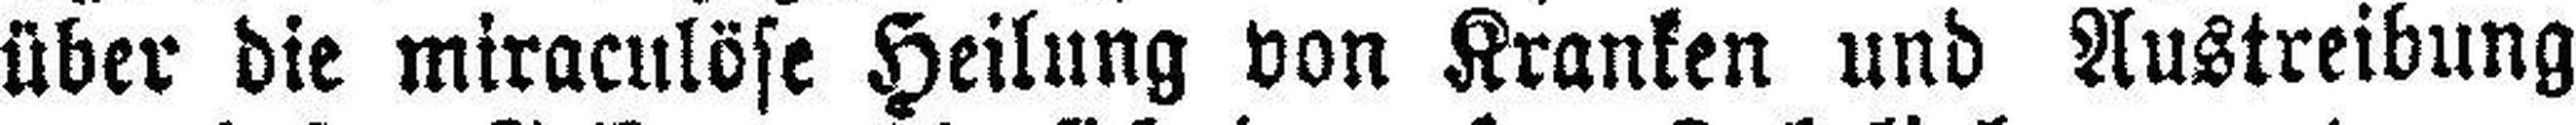
über die miraculöse Heilung von Kranken und Austreibung